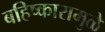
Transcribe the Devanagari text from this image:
बहिष्कारामुळे